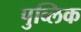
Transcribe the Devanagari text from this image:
पुब्लिक